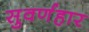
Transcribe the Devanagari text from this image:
सुवर्णहार